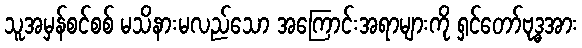
သူအမှန်စင်စစ် မသိနားမလည်သော အကြောင်းအရာများကို ရှင်တော်ဗုဒ္ဓအား